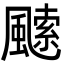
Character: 𩘝